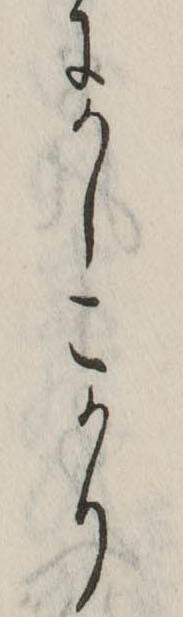
にかしこかり